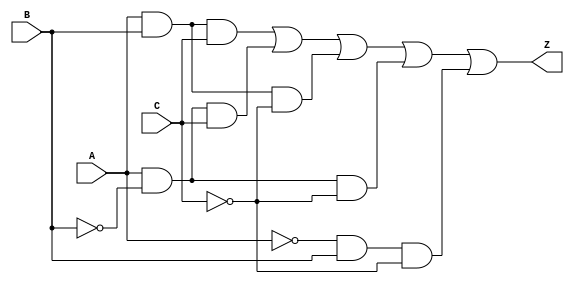
module combinational_logic (
    input wire A,
    input wire B,
    input wire C,
    output wire Z
);

// Define the output using a continuous assignment with don't care conditions
assign Z = (A & B & C) |      // Minterm for 7 (111)
           (A & ~B & C) |     // Minterm for 3 (011)
           (A & B & ~C) |     // Minterm for 6 (110) - Don't care
           (A & ~B & ~C) |    // Minterm for 2 (010)
           (~A & B & ~C);     // Minterm for 1 (001)

// Note: The don't care conditions can be ignored or included in the logic to optimize

endmodule